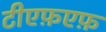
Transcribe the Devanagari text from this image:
टीएफ़एफ़